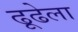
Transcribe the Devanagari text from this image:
ढूढेला